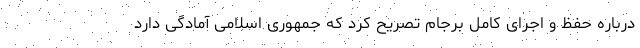
درباره حفظ و اجرای کامل برجام تصریح کرد که جمهوری اسلامی آمادگی دارد